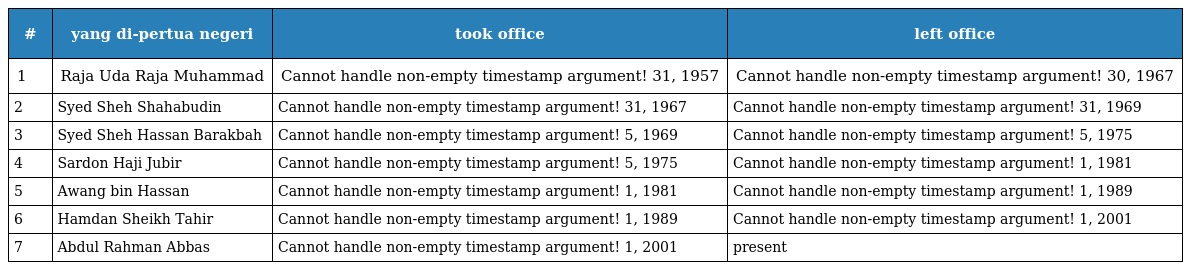
| # | yang di-pertua negeri | took office | left office |
 | --- | --- | --- | --- |
 | 1 | Raja Uda Raja Muhammad | Cannot handle non-empty timestamp argument! 31, 1957 | Cannot handle non-empty timestamp argument! 30, 1967 |
 | 2 | Syed Sheh Shahabudin | Cannot handle non-empty timestamp argument! 31, 1967 | Cannot handle non-empty timestamp argument! 31, 1969 |
 | 3 | Syed Sheh Hassan Barakbah | Cannot handle non-empty timestamp argument! 5, 1969 | Cannot handle non-empty timestamp argument! 5, 1975 |
 | 4 | Sardon Haji Jubir | Cannot handle non-empty timestamp argument! 5, 1975 | Cannot handle non-empty timestamp argument! 1, 1981 |
 | 5 | Awang bin Hassan | Cannot handle non-empty timestamp argument! 1, 1981 | Cannot handle non-empty timestamp argument! 1, 1989 |
 | 6 | Hamdan Sheikh Tahir | Cannot handle non-empty timestamp argument! 1, 1989 | Cannot handle non-empty timestamp argument! 1, 2001 |
 | 7 | Abdul Rahman Abbas | Cannot handle non-empty timestamp argument! 1, 2001 | present |